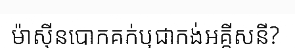
ម៉ាស៊ីនបោកគក់ឬជាកង់អគ្គីសនី?